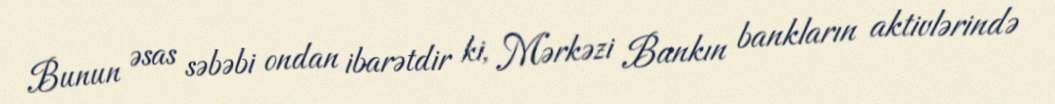
Bunun əsas səbəbi ondan ibarətdir ki, Mərkəzi Bankın bankların aktivlərində